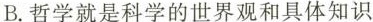
B.哲学就是科学的世界观和具体知识